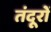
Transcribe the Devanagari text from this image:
तंदूरों